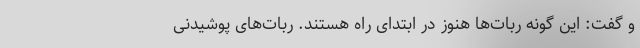
و گفت: این گونه ربات‌ها هنوز در ابتدای راه هستند. ربات‌های پوشیدنی